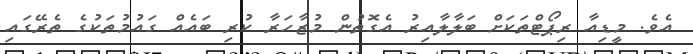
އެވެ. މީޑިއާ ރިޕޯޓްތަކަށް ބަލާލާއިރު އެގޮތުން މުޒާހަރާ ކުރި ބައެއް ގައުމުތަކުގެ ތެރޭގައި